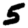
Digit: 5